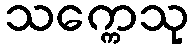
သက္ကေသု